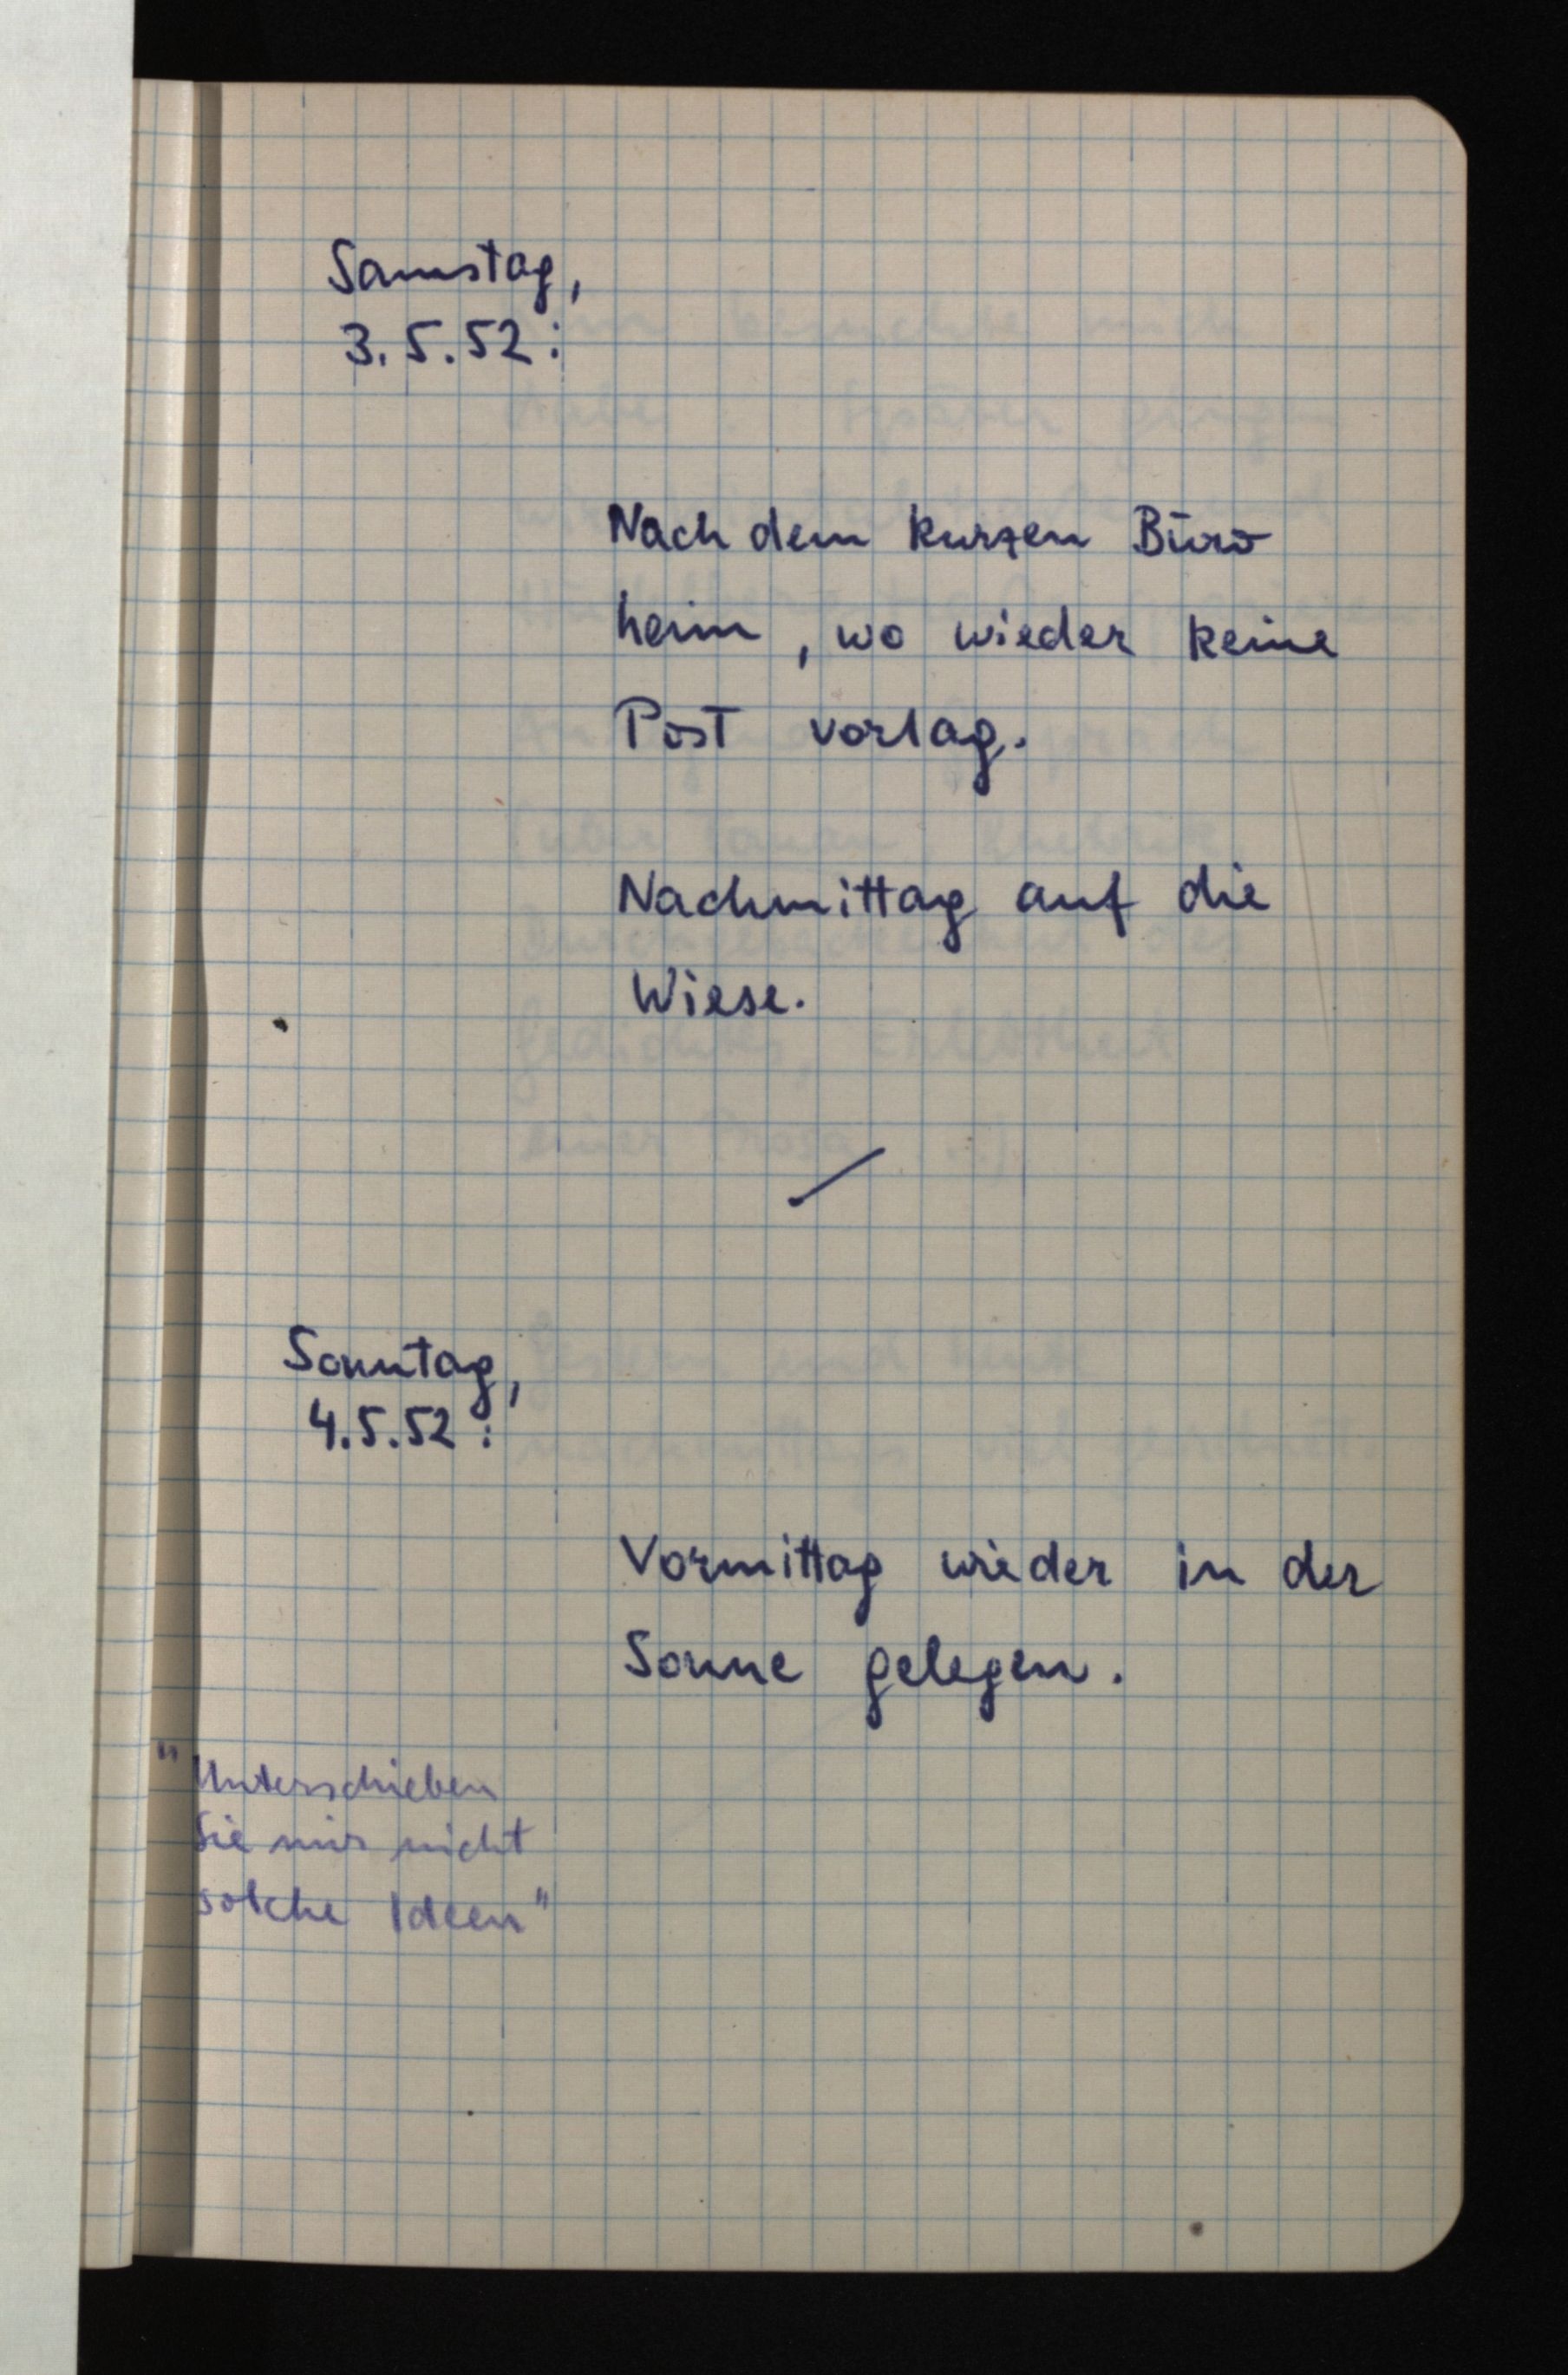
Samstag,
3.5.52:
Nach dem kurzen Büro
heim, wo wieder keine
Post vorlag.
Nachmittag auf die
Wiese.
Sonntag,
4.5.52:
Vormittag wieder in der
Sonne gelegen.
"Unterschieben
Sie mir nicht
solche Ideen"